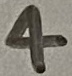
Text: 4